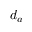
d _ { a }